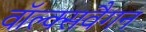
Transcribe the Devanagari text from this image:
वॉल्क्सवैगन